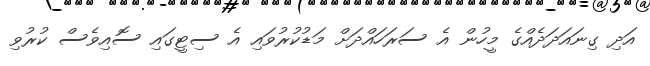
އަދި ގިނައަދަދެއްގެ މީހުން އެ ސަރަހައްދަށް މަޑުކުރުވައި އެ ސިޓީގައި ސޮއިވެސް ކުރުވި